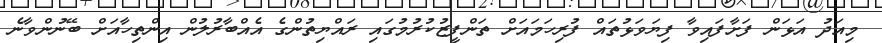
މިއަދު އަޅަން ފަށާފައިވާ ފިޔަވަޅުތައް ފުރިހަމައަށް ތަންފީޒުކުރުމުގައި ރައްޔިތުންގެ އެއްބާރުލުން އިންތިހާއަށް ބޭނުންވާނެ